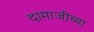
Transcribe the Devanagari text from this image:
दामाजीच्या